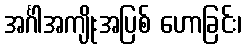
အင်္ဂါအကျိုးအပြစ် ဟောခြင်း၊